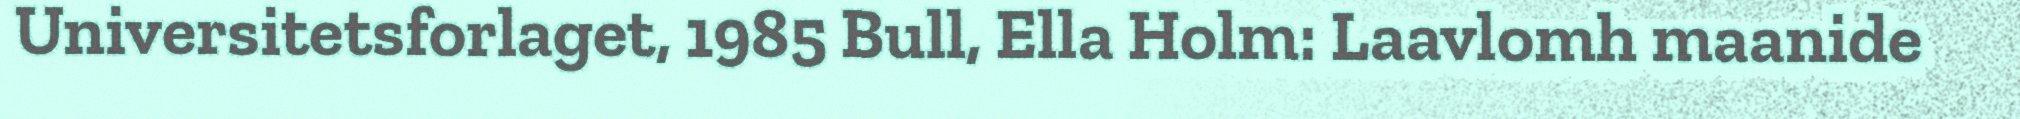
Universitetsforlaget, 1985 Bull, Ella Holm: Laavlomh maanide